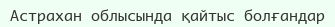
Астрахан облысында қайтыс болғандар